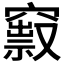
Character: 𥨒